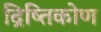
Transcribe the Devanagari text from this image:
द्रिष्तिकोण